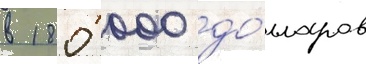
в 180 000 до́лларов